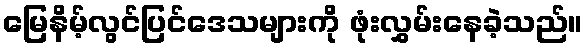
မြေနိမ့်လွင်ပြင်ဒေသများကို ဖုံးလွှမ်းနေခဲ့သည်။